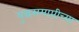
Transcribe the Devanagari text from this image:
युद्धसमाप्तीच्या